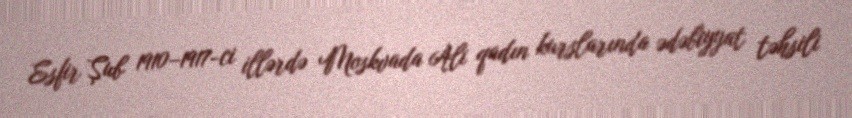
Esfir Şub 1910–1917-ci illərdə Moskvada Ali qadın kurslarında ədəbiyyat təhsili